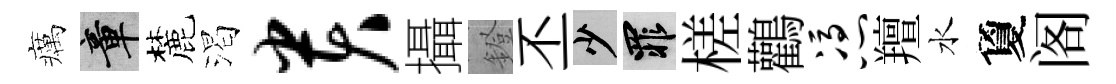
癘章麓渴贵攝鐙丕少罪槎鸛凭羶水夐阁